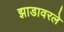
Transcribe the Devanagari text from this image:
झाडावरले